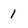
Character: 1